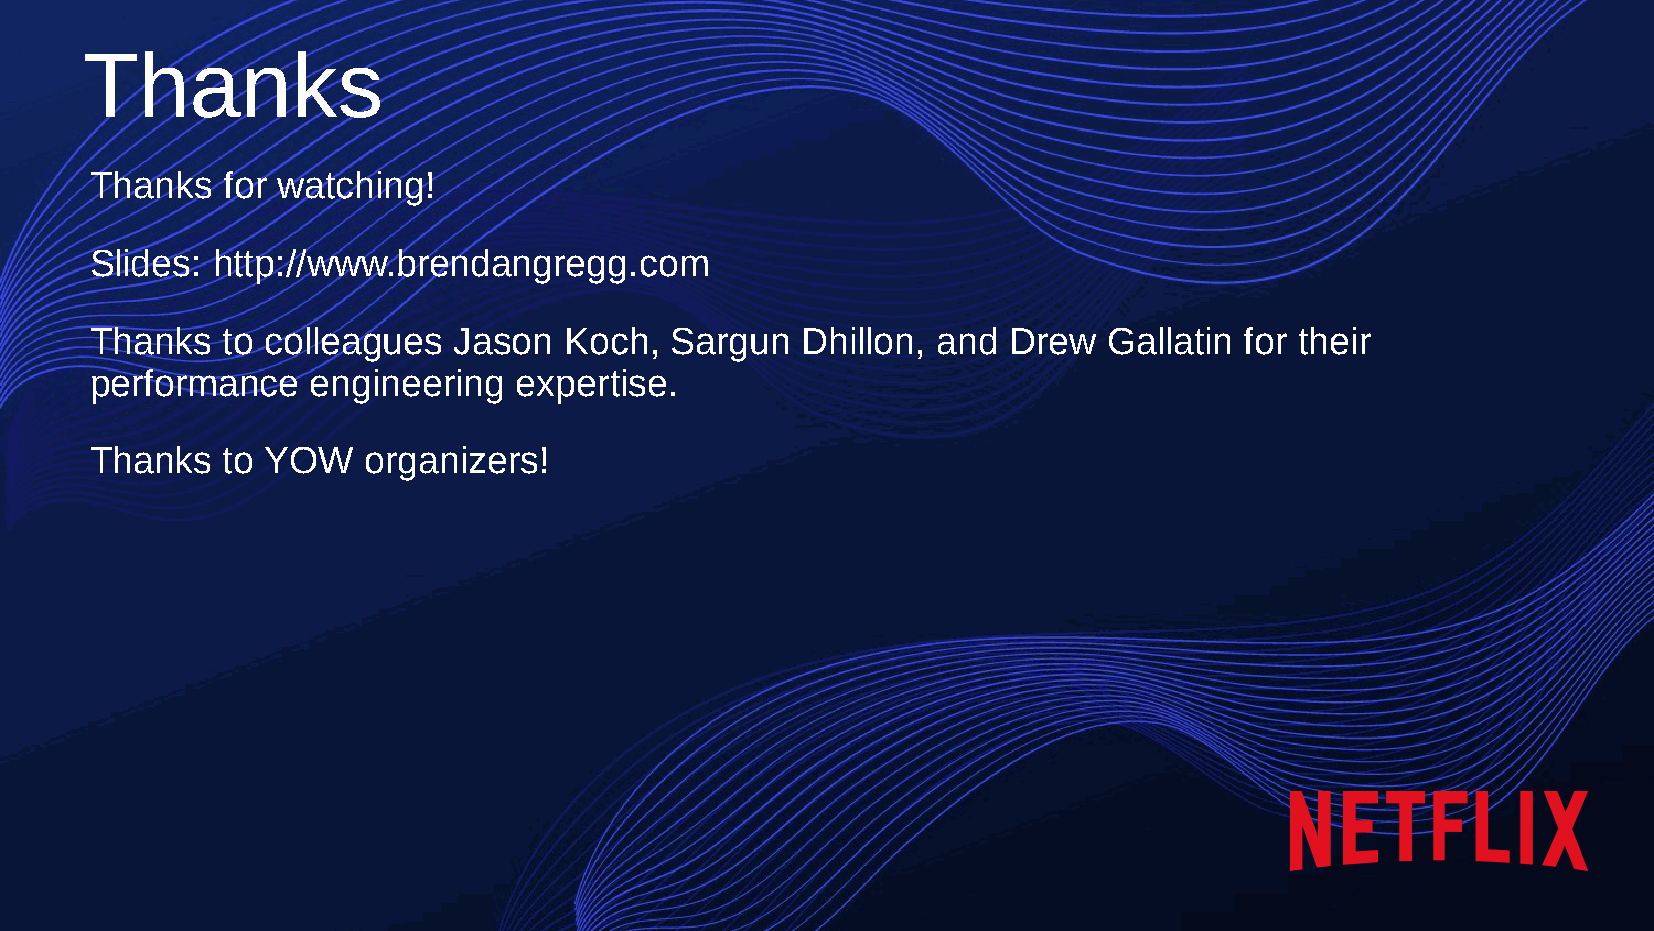
Thanks
 Thanks   for watching!
 Slides: http://www.brendangregg.com
 Thanks   to colleagues  Jason  Koch,  Sargun   Dhillon, and  Drew  Gallatin for their
 performance    engineering  expertise.
 Thanks   to YOW   organizers!
 YOW! Computing Performance 2021: What’s On the Horizon (Brendan Gregg)                                 108